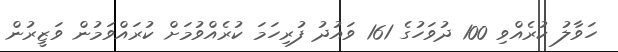
ހަވާލު ކުރެއްވި 100 ދުވަހުގެ 161 ވައުދު ފުރިހަމަ ކުރެއްވުމަށް ކުރައްވަމުން ވަޒީރުން